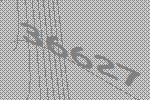
36627